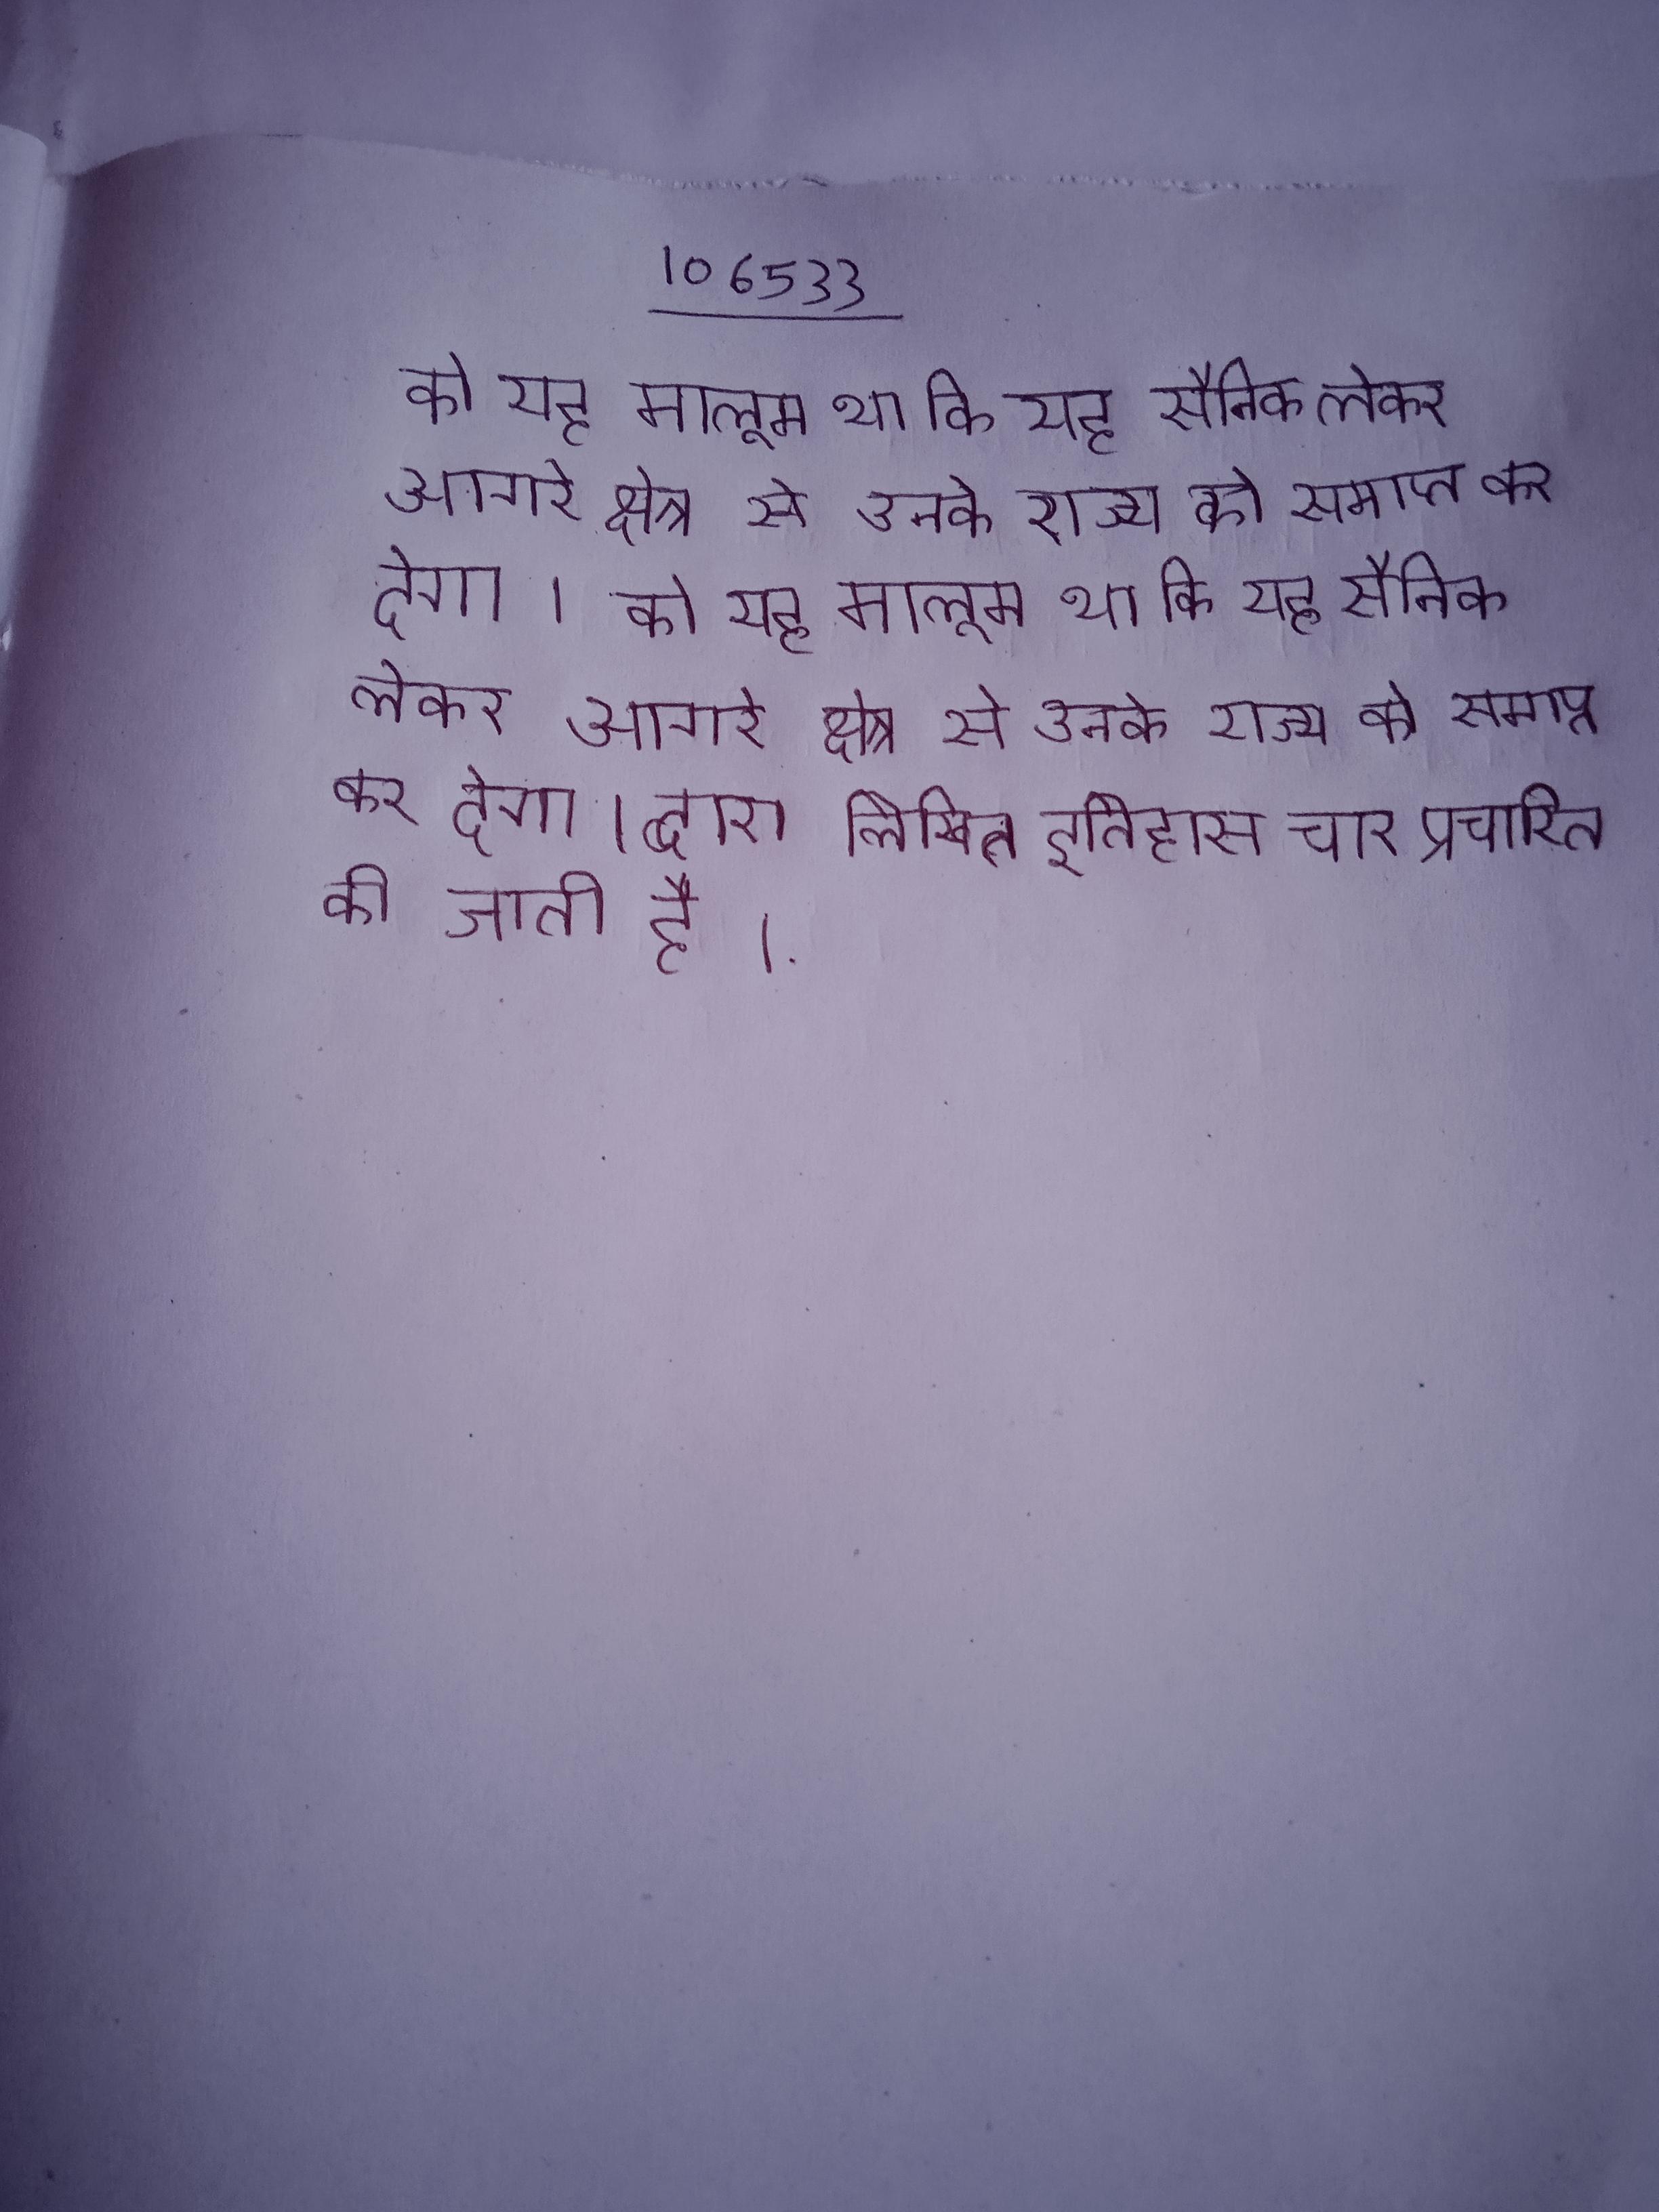
को यह मालूम था कि यह सैनिक लेकर आगरे क्षेत्र से उनके राज्य को समाप्त कर देगा । को यह मालूम था कि यह सैनिक लेकर आगरे क्षेत्र से उनके राज्य को समाप्त कर देगा । द्वारा लिखित इतिहास चार प्रचारित की जाती है ।